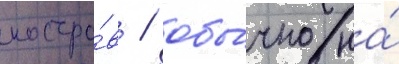
костро́в / обы́чно на́